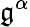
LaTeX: \mathfrak{g}^{\alpha}